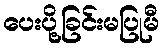
ပေးပို့ခြင်းမပြုမီ